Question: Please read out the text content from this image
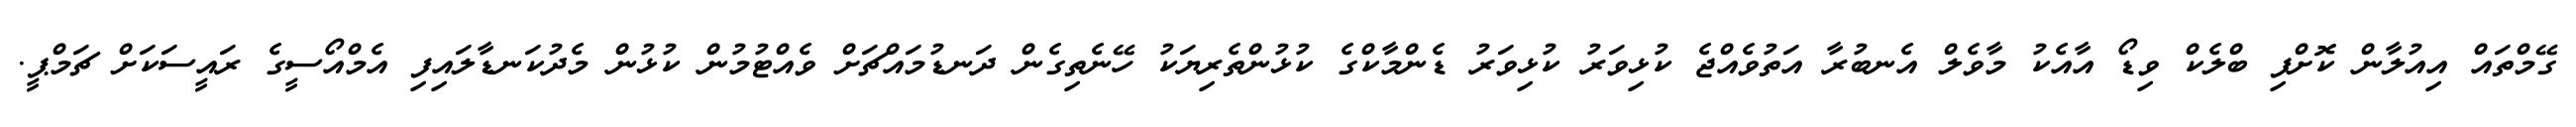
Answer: ގޭމްތައް އިއުލާން ކޮށްފި ބްލެކް ވިޑޯ އާއެކު މާވެލް އެނބުރާ އަތުވެއްޖެ ކުޅިވަރު ކުޅިވަރު ޑެންމާކްގެ ކުޅުންތެރިޔަކު ހޭނެތިގެން ދަނޑުމައްޗަށް ވެއްޓުމުން ކުޅުން މެދުކަނޑާލައިފި އެމްއޯސީގެ ރައީސަކަށް ޗަމްޕީ.